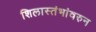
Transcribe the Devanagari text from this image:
शिलास्तंभांवरुन